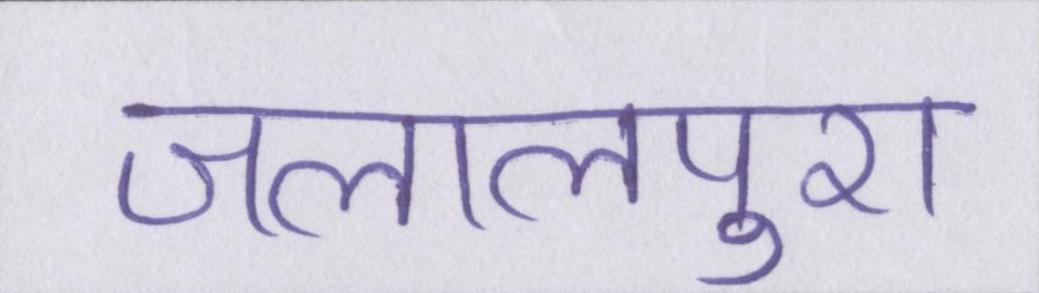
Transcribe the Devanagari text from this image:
जलालपुरा